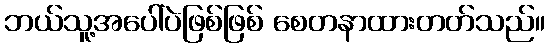
ဘယ်သူ့အပေါ်ပဲဖြစ်ဖြစ် စေတနာထားတတ်သည်။